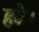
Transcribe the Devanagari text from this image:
हटे।